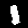
Label: 1